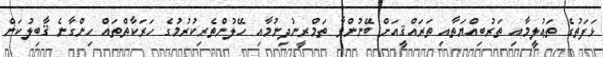
ޅަފަތުގެ ތަޢުލީމާއި ތަރުބިއްޔަތާއި ތަރައްޤީއަށް ބޭނުންވާ ތަމްރީނުދިނުމާއި ހޭލުންތެރިކުރުމުގެ ހަރަކާތްތައް ހިންގާނެ ޤާބިލުކަން